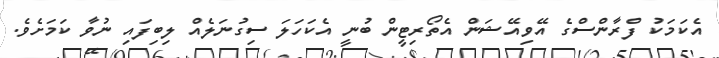
އެކަމަކު ފްރާންސްގެ އޭވިއޭޝަން އެތޯރިޓީން ބުނީ އެކަހަލަ ސިގުނަލެއް ލިބިފައި ނުވާ ކަމަށެވެ.